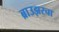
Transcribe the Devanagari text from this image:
ब्राउझरचा